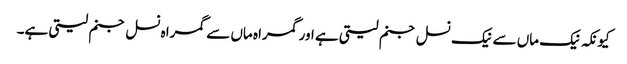
کیونکہ نیک ماں سے نیک نسل جنم لیتی ہے اور گمراہ ماں سے گمراہ نسل جنم لیتی ہے۔